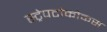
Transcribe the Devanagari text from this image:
स्ट्रेपटोकोकस